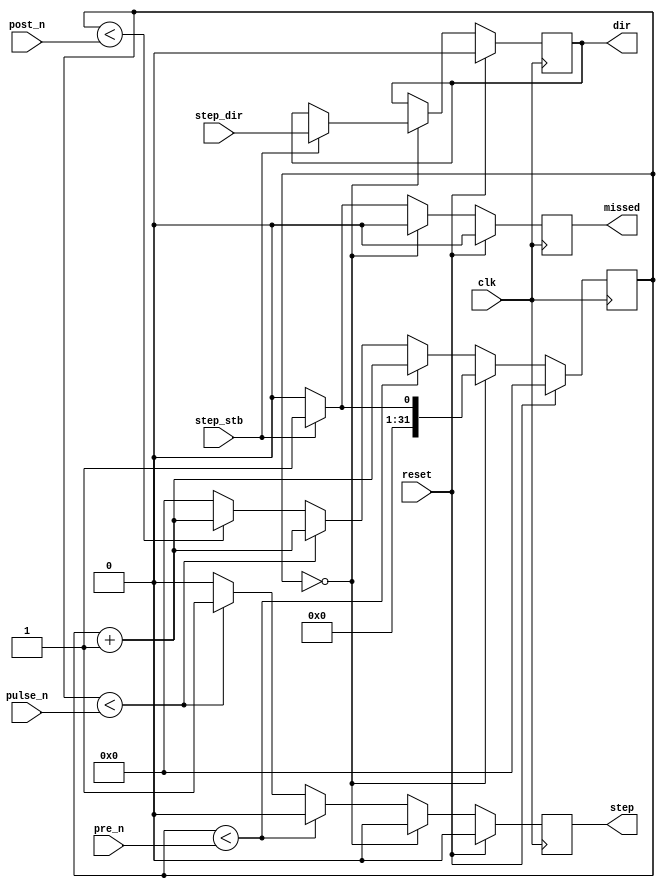
`timescale 1ns / 1ps
//////////////////////////////////////////////////////////////////////////////////
// Company: 
// Engineer: 
// 
// Design Name: 
// Module Name:    motor_step_gen 
// Project Name: 
// Target Devices: 
// Tool versions: 
// Description: 
//
// Dependencies: 
//
// Revision: 
// Revision 0.01 - File Created
// Additional Comments: 
//
//////////////////////////////////////////////////////////////////////////////////
module motor_step_gen(
    input clk,
	 input reset,
    input [31:0] pre_n,
    input [31:0] pulse_n,
    input [31:0] post_n,
    input step_stb,
    input step_dir,
    output reg step,
    output reg dir,
    output reg missed
    );
	 
reg [31:0] cnt;
reg [31:0] next_cnt;
reg next_dir;
reg next_step;
reg next_missed;

always @(reset, pre_n, pulse_n, post_n, step_stb, step_dir, cnt, dir)
	begin
		next_cnt <= 0;
		next_dir <= dir;
		next_step <= 0;
		next_missed <= 0;

		if (reset)
			begin
				next_dir <= 0;
			end
		else if (cnt == 0)
			begin
				if (step_stb)
					begin
						next_dir <= step_dir;
						next_cnt <= 1;
					end
			end
		else
			begin
				if (step_stb)
					next_missed <= 1;
				next_cnt <= cnt + 1;
				if (cnt < pre_n)
					next_step <= 0;
				else if (cnt < pulse_n)
					next_step <= 1;
				else if (cnt < post_n)
					next_step <= 0;
				else
					next_cnt <= 0;
			end
	end
	
always @(posedge clk)
	begin
		cnt <= next_cnt;
		dir <= next_dir;
		step <= next_step;
		missed <= next_missed;
	end

endmodule